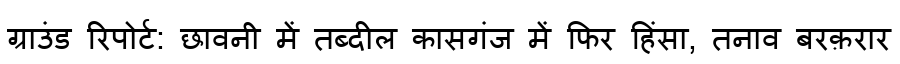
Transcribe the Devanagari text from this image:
ग्राउंड रिपोर्ट: छावनी में तब्दील कासगंज में फिर हिंसा, तनाव बरक़रार